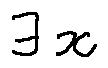
\exists x